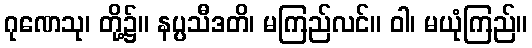
ဂုဏေသု၊ တို့၌။ နပ္ပသီဒတိ၊ မကြည်လင်။ ဝါ၊ မယုံကြည်။